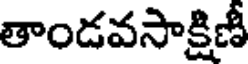
తాండవసాక్షిణీ